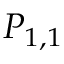
P _ { 1 , 1 }